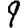
Digit: 9